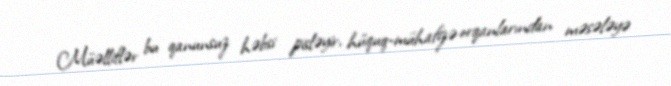
Müəlliflər bu qanunsuz həbsi pisləyir, hüquq-mühafizə orqanlarından məsələyə